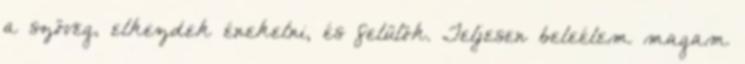
a szöveg, elkezdek énekelni, és felülök. Teljesen beleélem magam